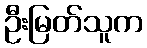
ဦးမြတ်သူက